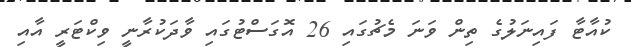
ކުއާޓާ ފައިނަލުގެ ތިން ވަނަ މެޗުގައި 26 އޮގަސްޓުގައި ވާދަކުރާނީ ވިކްޓަރީ އާއި